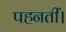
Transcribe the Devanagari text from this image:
पहनतीं।